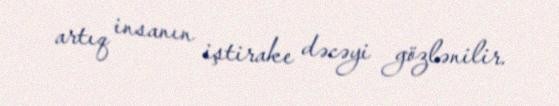
artıq insanın iştirake dəcəyi gözlənilir.